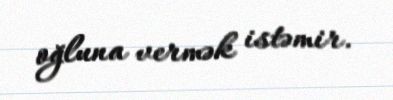
oğluna vermək istəmir.